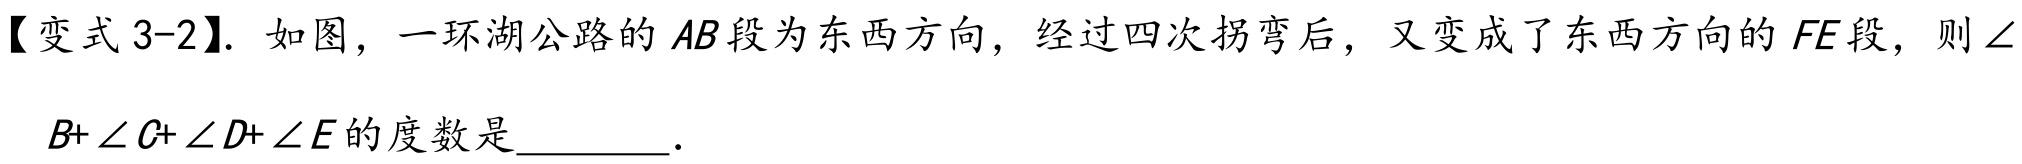
【变式3-2】. 如图，一环湖公路的$AB$段为东西方向，经过四次拐弯后，又变成了东西方向的$FE$段，则$\angle B+\angle C+\angle D+\angle E$的度数是________．